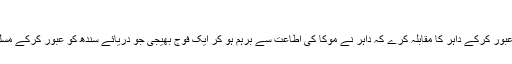
راجہ داہر سے مقابلہ
محمد بن قاسم چاہتا تھا کہ دریائے سندھ کو عبور کرکے داہر کا مقابلہ کرے کہ داہر نے موکا کی اطاعت سے برہم ہو کر ایک فوج بھیجی جو دریائے سندھ کو عبور کرکے مسلمانوں کے مقابلہ پر آئی لیکن شکست کھائی۔